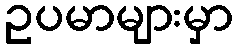
ဥပမာများမှာ